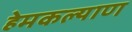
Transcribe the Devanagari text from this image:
हेमकल्याण